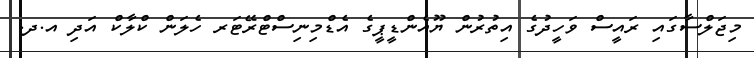
މިޖަލްސާގައި ރައީސް ވަހީދުގެ އިތުރުން ޔޫއެންޑީޕީގެ އެޑްމިނިސްޓްރޭޓަރ ހެލަން ކްލާކް އަދި އ.ދ.